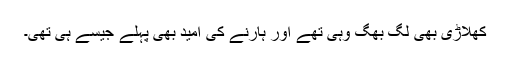
کھلاڑی بھی لگ بھگ وہی تھے اور ہارنے کی امید بھی پہلے جیسے ہی تھی۔